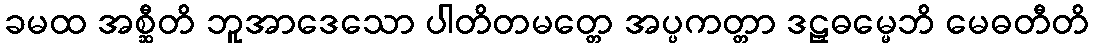
ခမထ အစ္ဆီတိ ဘူအာဒေသော ပါတိတမတ္တေ အပ္ပကတ္တာ ဒဠှဓမ္မေဘိ မေဓတီတိ